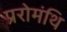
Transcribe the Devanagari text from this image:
प्ररोमंथि